38_143685_box7_Incident_Summaries_1-100
Agency: Department of War
Page 152
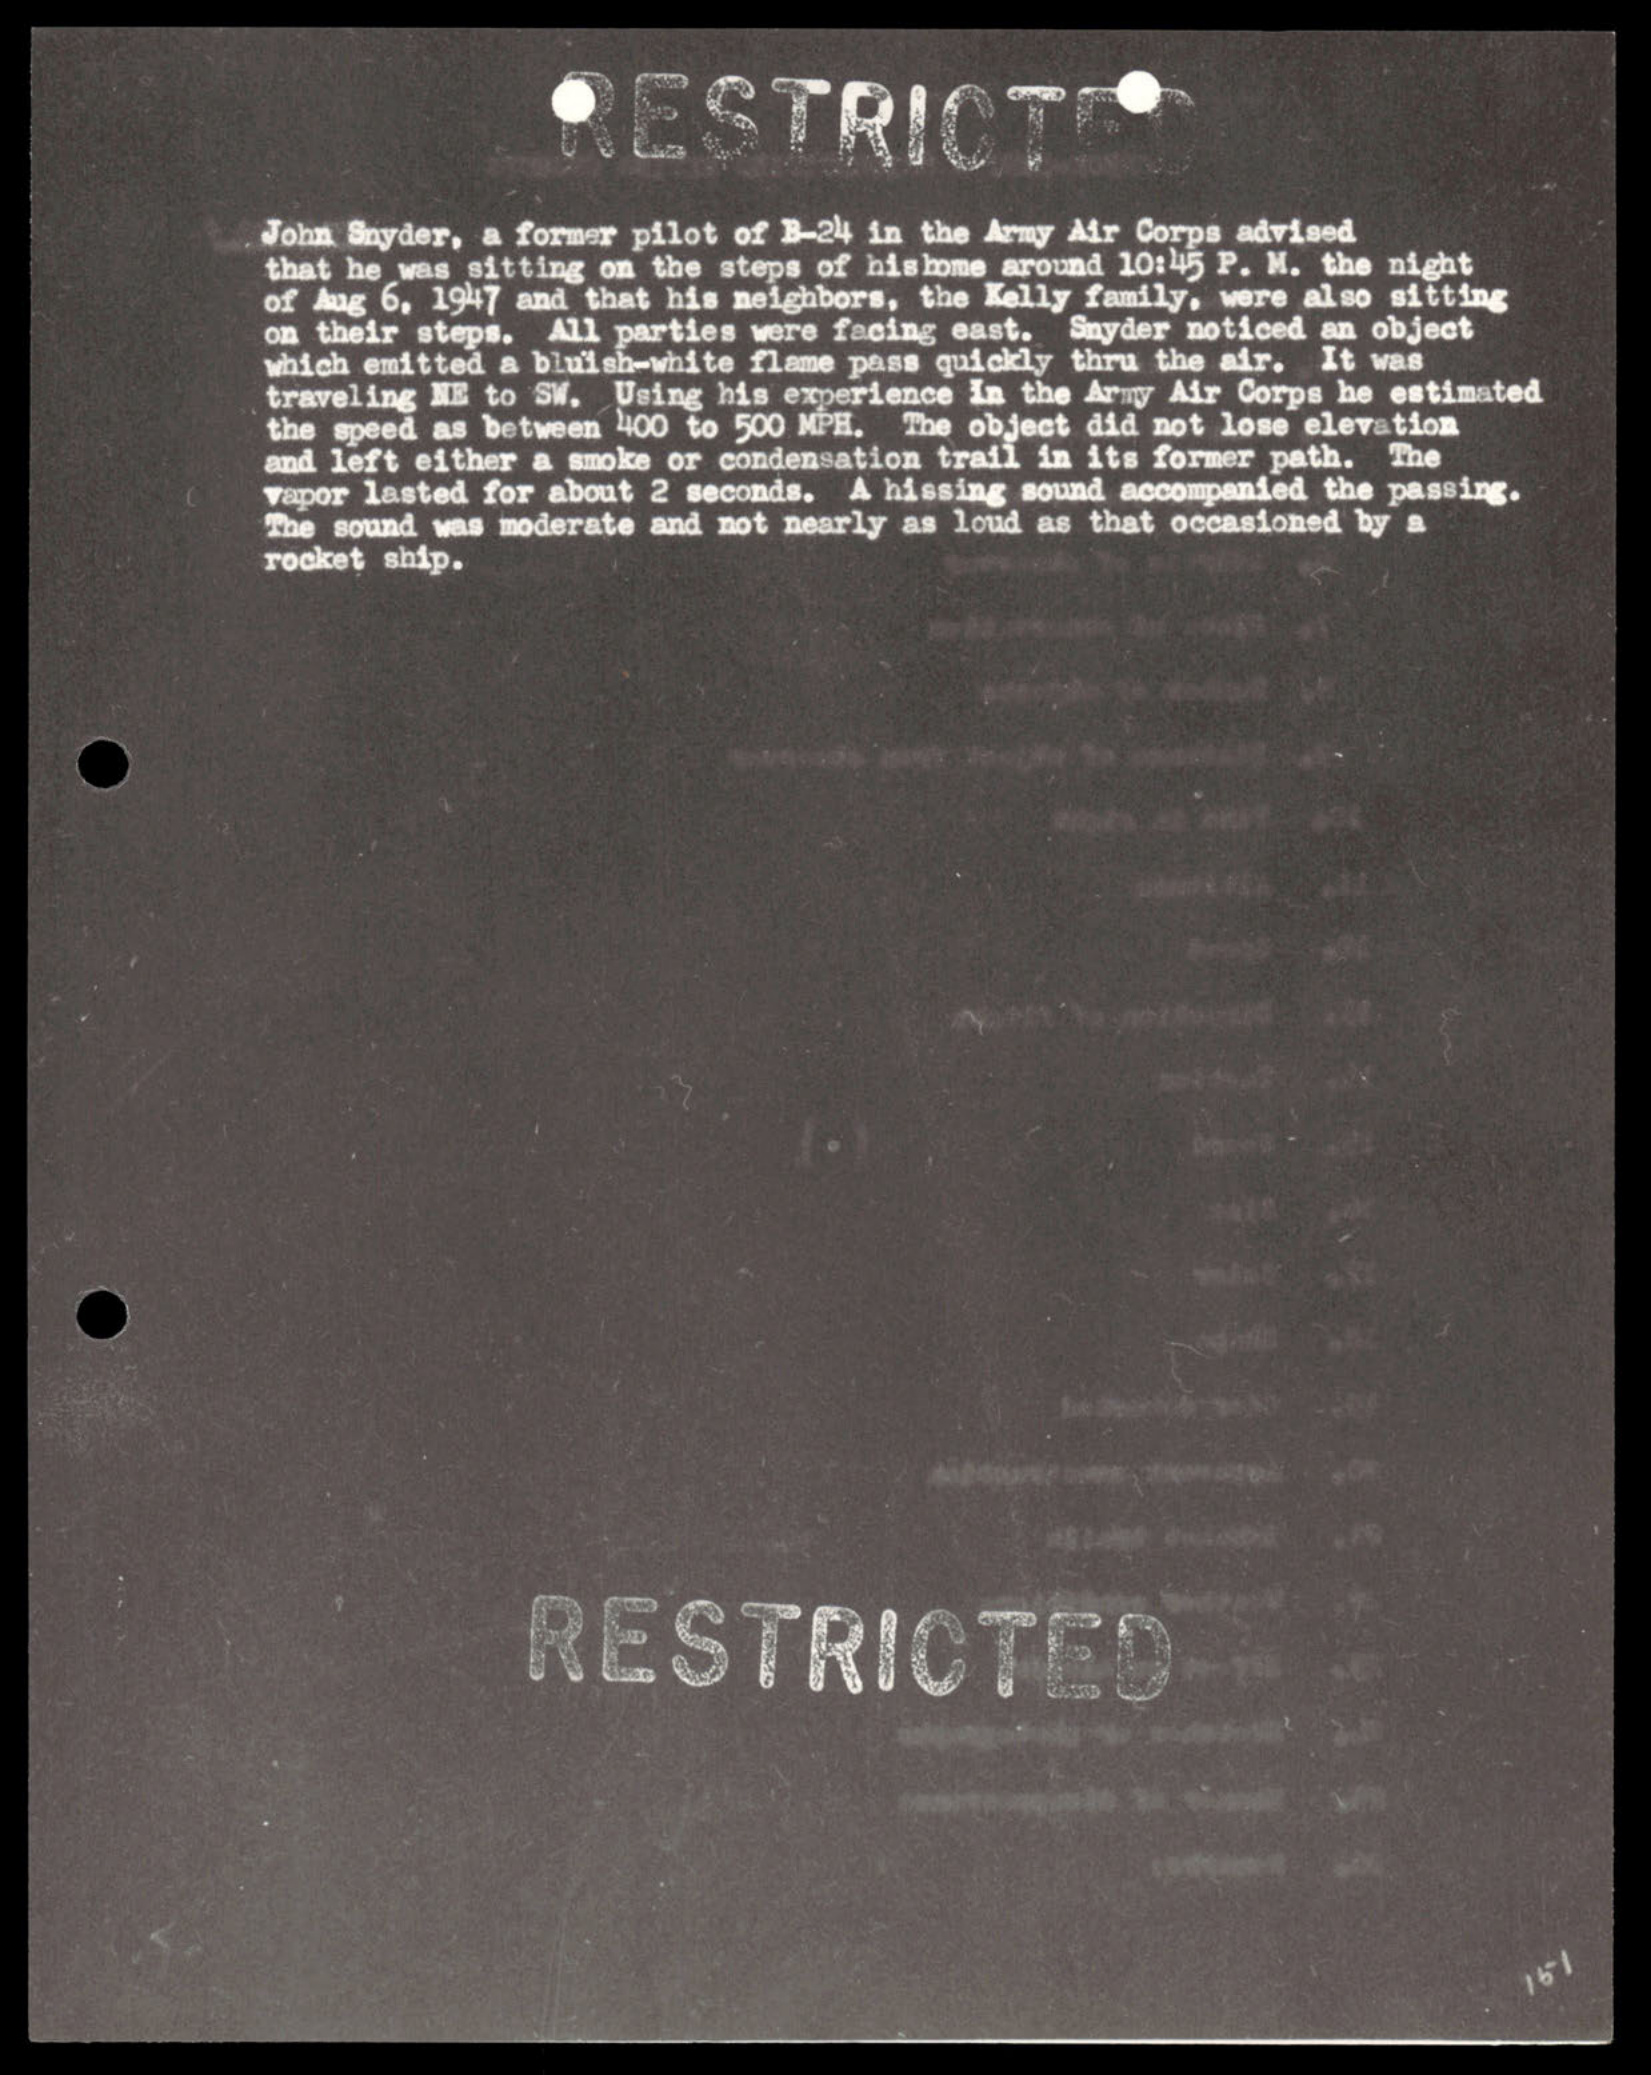